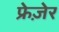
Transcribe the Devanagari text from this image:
फ्रेज़ेर